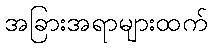
အခြားအရာများထက်